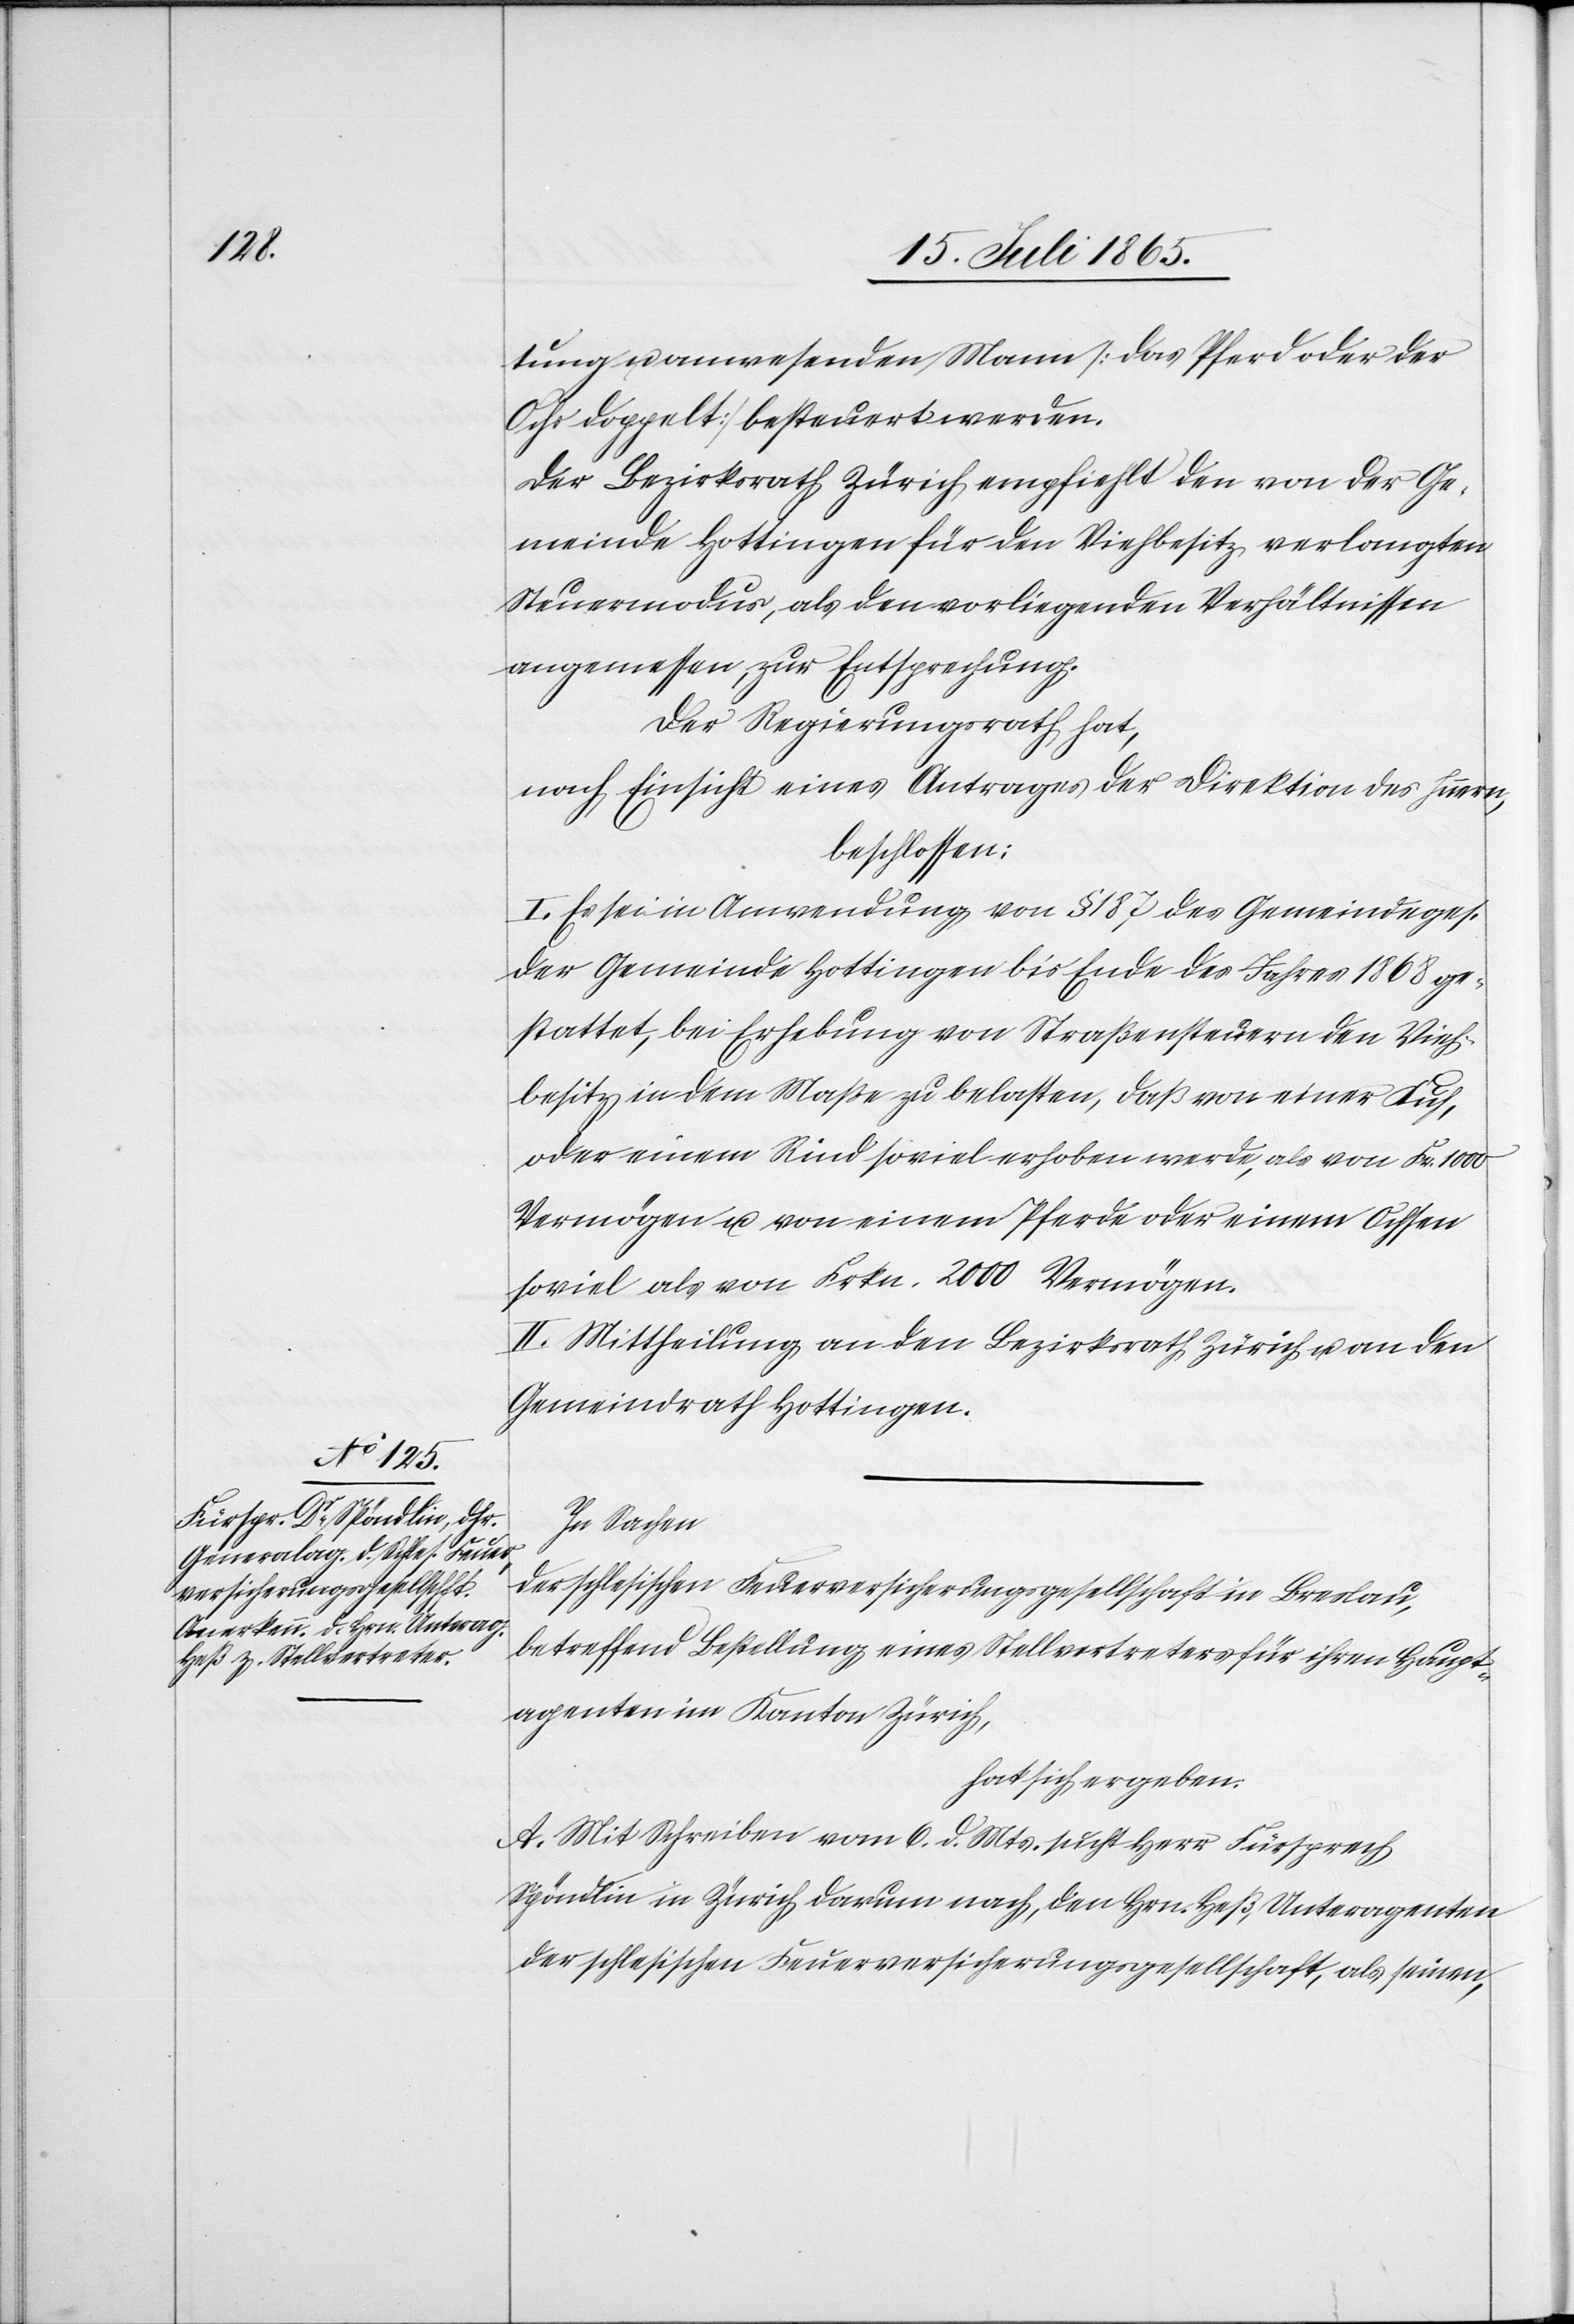
tung u. anwesenden Mann [das Pferd oder der
Ochs doppelt] besteuert werden.
Der Bezirksrath Zürich empfiehlt den von der Ge¬
meinde Hottingen für den Viehbesitz verlangten
Steuermodus, als den vorliegenden Verhältnissen
angemessen, zur Entsprechung.
Der Regierungsrath hat,
nach Einsicht eines Antrages der Direktion des Innern,
beschlossen:
I. Es sei in Anwendung von § 187 des Gemeindeges.
der Gemeinde Hottingen bis Ende des Jahres 1868 ge¬
stattet, bei Erhebung von Straßensteuern den Vieh¬
besitz in dem Maße zu belasten, daß von einer Kuh,
oder einem Rind soviel erhoben werde, als von Fr. 1000
Vermögen u. von einem Pferde oder einem Ochsen
soviel als von Frkn. 2000 Vermögen.
II. Mittheilung an den Bezirksrath Zürich u. an den
Gemeindrath Hottingen.
In Sachen
der schlesischen Feuerversicherungsgesellschaft in Breslau,
betreffend Bestellung eines Stellvertreters für ihren Haupt¬
agenten im Kanton Zürich,
hat sich ergeben:
A. Mit Schreiben vom 6. d. Mts. sucht Herr Fürsprech
Spöndlin in Zürich darum nach, den Hrn. Heß, Unteragenten
der schlesischen Feuerversicherungsgesellschaft, als seinen,